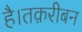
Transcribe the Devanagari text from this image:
है।तक़रीबन